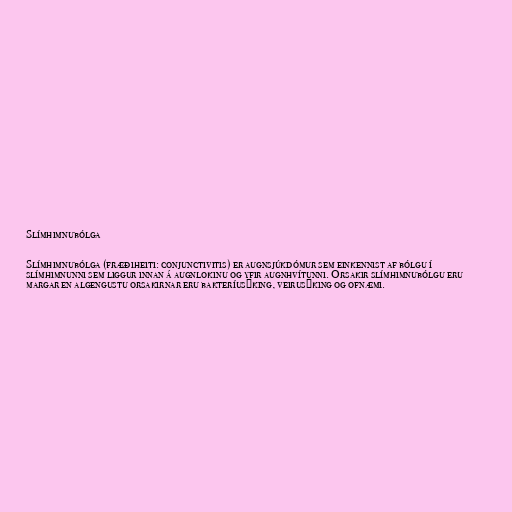
Slímhimnubólga

Slímhimnubólga (fræðiheiti: conjunctivitis) er augnsjúkdómur sem einkennist af bólgu í
slímhimnunni sem liggur innan á augnlokinu og yfir augnhvítunni. Orsakir slímhimnubólgu eru
margar en algengustu orsakirnar eru bakteríusýking, veirusýking og ofnæmi.